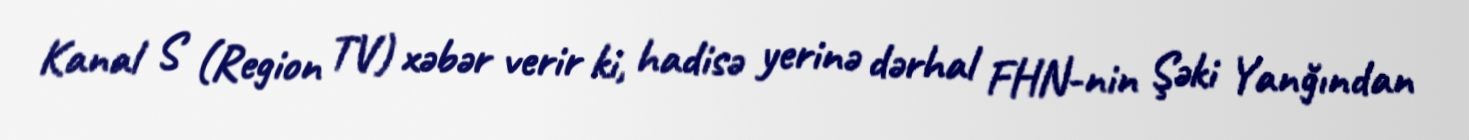
Kanal S (Region TV) xəbər verir ki, hadisə yerinə dərhal FHN-nin Şəki Yanğından